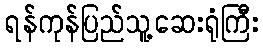
ရန်ကုန်ပြည်သူ့ဆေးရုံကြီး